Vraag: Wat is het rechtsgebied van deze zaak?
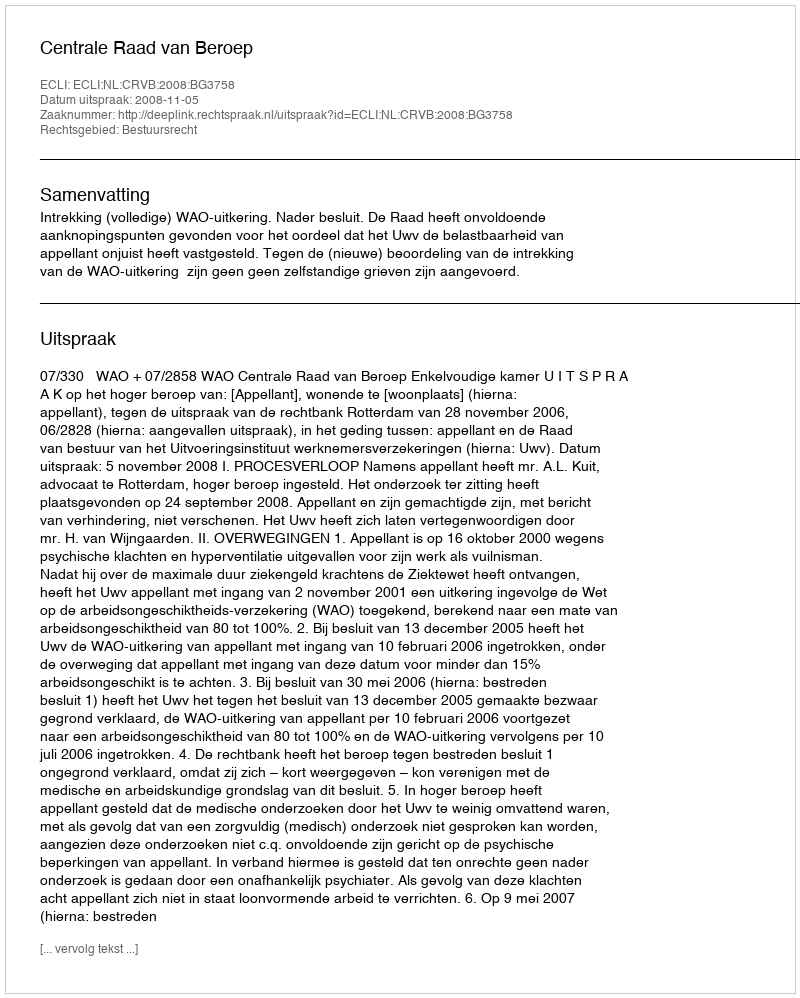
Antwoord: Bestuursrecht